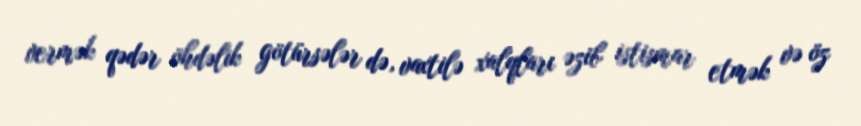
vermək qədər öhdəlik götürsələr də, vaxtilə xalqları əzib istismar etmək və öz